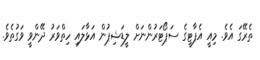
ތެރޭގަ އެވެ. މިއީ އެޕާޓީގެ ސަޕޯޓަރުންނަށް ލީޑަޝިޕުން އަޅާލައި ހިތްވަރު ދޭންވީ ވަގުތެވެ.